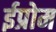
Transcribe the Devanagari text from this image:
ईप्रोम